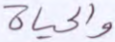
والحياة